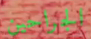
الجراحين